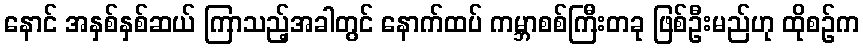
နောင် အနှစ်နှစ်ဆယ် ကြာသည့်အခါတွင် နောက်ထပ် ကမ္ဘာစစ်ကြီးတခု ဖြစ်ဦးမည်ဟု ထိုစဉ်က